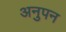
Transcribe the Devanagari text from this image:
अनुपन